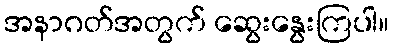
အနာဂတ်အတွက် ဆွေးနွေးကြပါ။